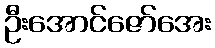
ဦးအောင်ဇော်အေး